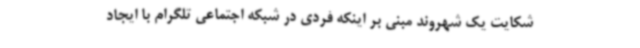
شکایت یک شهروند مبنی بر اینکه فردی در شبکه اجتماعی تلگرام با ایجاد